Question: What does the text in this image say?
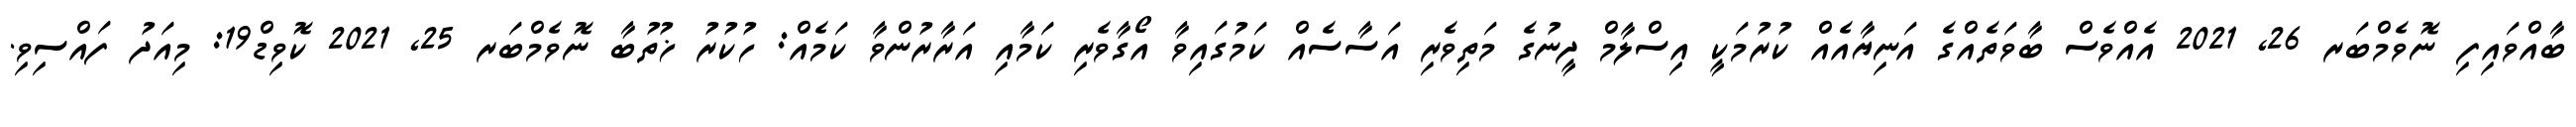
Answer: ބާއްވައިފި ނޮވެމްބަރ 26, 2021 އެއްވެސް ބާވަތެއްގެ އަނިޔާއެއް ކުރުމަކީ އިސްލާމް ދީނުގެ މަތިވެރި އަސާސެއް ކަމުގައިވާ އޯގާވެރި ކަމާއި އަރާރުންވާ ކަމެއް: ހުކުރު ޚުތުބާ ނޮވެމްބަރ 25, 2021 ކޮވިޑް19: މިއަދު ފައްސިވި.